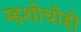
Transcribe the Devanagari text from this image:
म्हशींचीही